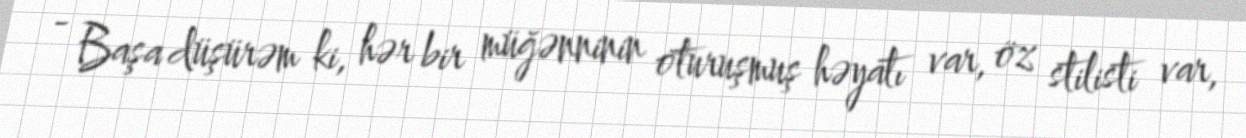
- Başa düşürəm ki, hər bir müğənninin oturuşmuş həyatı var, öz stilisti var,